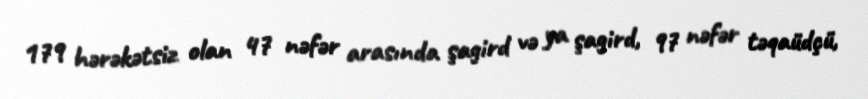
179 hərəkətsiz olan 47 nəfər arasında şagird və ya şagird, 97 nəfər təqaüdçü,